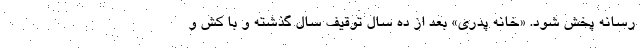
رسانه پخش شود. «خانه پدری» بعد از ده سال توقیف سال گذشته و با کش و